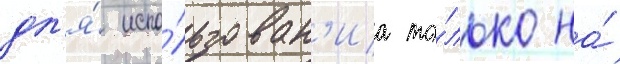
дл'я́ испо́льзован'иа то́лько на́